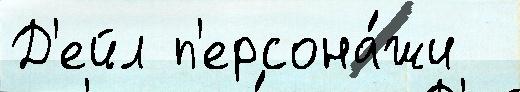
Д'ейл п'ерсона́жи